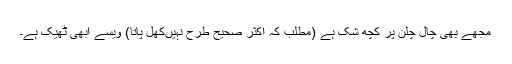
مجھے بھی چال چلن پر کچھ شک ہے (مطلب کہ اکثر صحیح طرح نہیں‌کھل پاتا) ویسے ابھی ٹھیک ہے۔